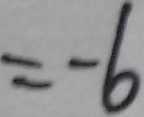
= - 6